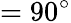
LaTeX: =90^{\circ}